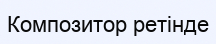
Композитор ретінде